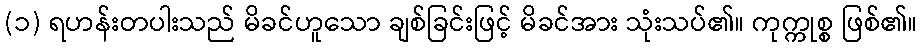
(၁) ရဟန်းတပါးသည် မိခင်ဟူသော ချစ်ခြင်းဖြင့် မိခင်အား သုံးသပ်၏။ ကုက္ကုစ္စ ဖြစ်၏။